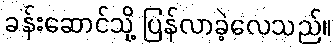
ခန်းဆောင်သို့ ပြန်လာခဲ့လေသည်။